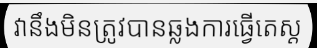
វានឹងមិនត្រូវបានឆ្លងការធ្វើតេស្ត